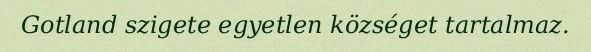
Gotland szigete egyetlen községet tartalmaz.